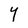
Character: Y